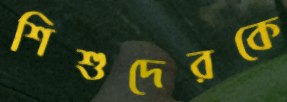
শিশুদেরকে